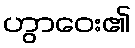
ဟွာဝေး၏